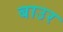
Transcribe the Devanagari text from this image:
बाउर